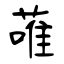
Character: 蓶